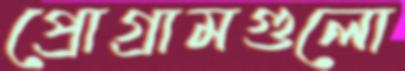
প্রোগ্রামগুলো